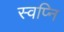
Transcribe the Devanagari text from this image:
स्वप्नि